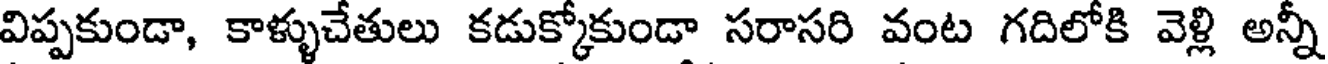
విప్పకుండా, కాళ్ళుచేతులు కడుక్కోకుండా సరాసరి వంట గదిలోకి వెళ్లి అన్నీ